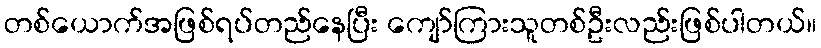
တစ်ယောက်အဖြစ်ရပ်တည်နေပြီး ကျော်ကြားသူတစ်ဦးလည်းဖြစ်ပါတယ်။